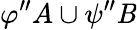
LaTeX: \varphi^{\prime\prime}A\cup\psi^{\prime\prime}\mathit{B}